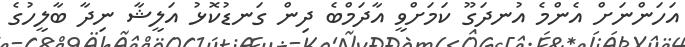
އަހަންނަށް އެންމެ އުނދަގޫ ކަމަށްވީ އާދަމްބެ ދިން ގަނޑުކޮޅު އަލީޝާ ނިދާ ބާލީހުގެ